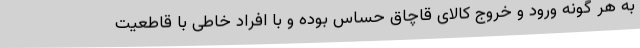
به هر گونه ورود و خروج کالای قاچاق حساس بوده و با افراد خاطی با قاطعیت